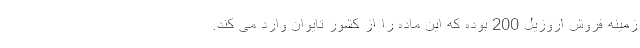
زمینه فروش اروزیل 200 بوده که این ماده را از کشور تایوان وارد می کند.